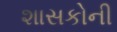
શાસકોની